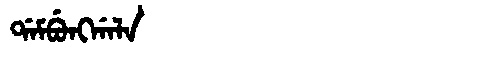
Manchu: ᡩᠠᠮᠪᡠᠩᡤᠠᠯᠠ
Romanization: DAMBUNGGALA